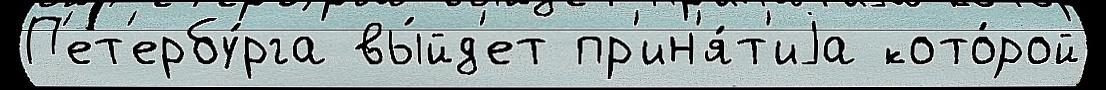
П'ет'ербу́рга вы́йд'ет пр'ин'я́т'иjа кото́рой